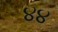
૪૪